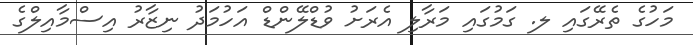
މަހުގެ ތެރޭގައި ލ. ގަމުގައި މަރާލި އެރަށު ވުޑްލޭންޑް އަހުމަދު ނިޒާރު އިސްމާއިލްގެ